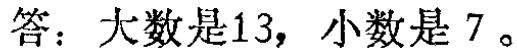
答：大数是13，小数是7。